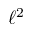
\ell ^ { 2 }